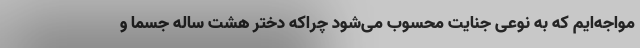
مواجه‌ایم که به نوعی جنایت محسوب می‌شود چراکه دختر هشت ساله جسما و